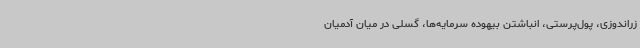
زراندوزی، پول‌پرستی، انباشتن بیهوده سرمایه‌‌ها، گسلی در میان آدمیان